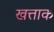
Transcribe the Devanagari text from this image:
खत्ताक